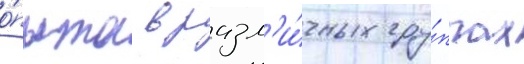
о́пыта в разл'и́чных гру́ппах